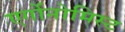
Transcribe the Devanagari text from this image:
एर्गोनोमिस्ट